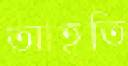
আহতি